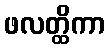
ဖလတ္ထိကာ